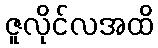
ဇူလိုင်လအထိ